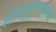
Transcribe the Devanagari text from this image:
शीतसुषुप्तावस्था